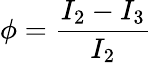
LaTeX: \phi=\frac{I_{2}-I_{3}}{I_{2}}